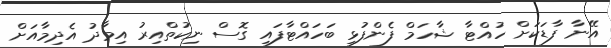
އޭނާ ފާޑަކަށް ހުއްޓާ ޝާހަމް ފެންފުޅި ބަހައްޓާފައި ގޮސް ނިކުތްއިރު އިމާދު އެދިމާއަށް